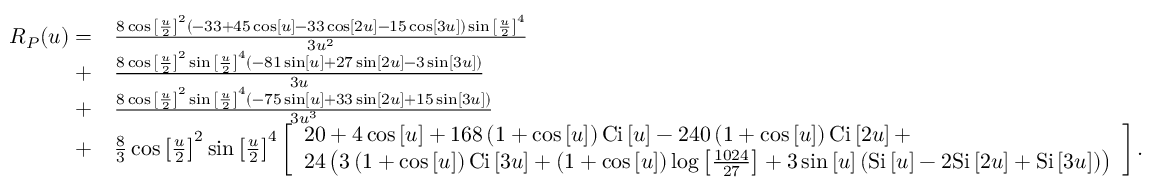
\begin{array} { r l } { { R _ { P } } ( u ) = } & { \frac { { 8 \cos { { \left[ { \frac { u } { 2 } } \right] } ^ { 2 } } \left( { - 3 3 + 4 5 \cos \left[ u \right] - 3 3 \cos \left[ { 2 u } \right] - 1 5 \cos \left[ { 3 u } \right] } \right) \sin { { \left[ { \frac { u } { 2 } } \right] } ^ { 4 } } } } { { 3 { u ^ { 2 } } } } } \\ { + } & { \frac { { 8 \cos { { \left[ { \frac { u } { 2 } } \right] } ^ { 2 } } \sin { { \left[ { \frac { u } { 2 } } \right] } ^ { 4 } } \left( { - 8 1 \sin \left[ u \right] + 2 7 \sin \left[ { 2 u } \right] - 3 \sin \left[ { 3 u } \right] } \right) } } { { 3 u } } } \\ { + } & { \frac { { 8 \cos { { \left[ { \frac { u } { 2 } } \right] } ^ { 2 } } \sin { { \left[ { \frac { u } { 2 } } \right] } ^ { 4 } } \left( { - 7 5 \sin \left[ u \right] + 3 3 \sin \left[ { 2 u } \right] + 1 5 \sin \left[ { 3 u } \right] } \right) } } { { 3 { u ^ { 3 } } } } } \\ { + } & { \frac { 8 } { 3 } \cos { \left[ { \frac { u } { 2 } } \right] ^ { 2 } } \sin { \left[ { \frac { u } { 2 } } \right] ^ { 4 } } \left[ \begin{array} { l } { 2 0 + 4 \cos \left[ u \right] + 1 6 8 \left( { 1 + \cos \left[ u \right] } \right) \mathrm { { C i } } \left[ u \right] - 2 4 0 \left( { 1 + \cos \left[ u \right] } \right) { \mathrm { C i } } \left[ { 2 u } \right] + } \\ { 2 4 \left( { 3 \left( { 1 + \cos \left[ u \right] } \right) \mathrm { { C i } } \left[ { 3 u } \right] + \left( { 1 + \cos \left[ u \right] } \right) \log \left[ { \frac { { 1 0 2 4 } } { { 2 7 } } } \right] + 3 \sin \left[ u \right] \left( { { \mathrm { S i } } \left[ u \right] - 2 \mathrm { { S i } } \left[ { 2 u } \right] + { \mathrm { S i } } \left[ { 3 u } \right] } \right) } \right) } \end{array} \right] . } \end{array}